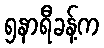
၅နာရီခန့်က